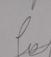
Signature authenticity: forged